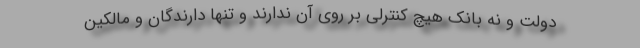
دولت و نه بانک هیچ کنترلی بر روی آن ندارند و تنها دارندگان و مالکین